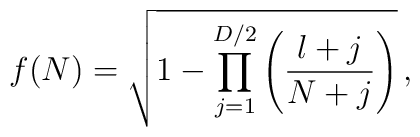
f(N)=\sqrt{1-\prod_{j=1}^{D/2}\left(\frac{l+j}{N+j}\right)}\,,